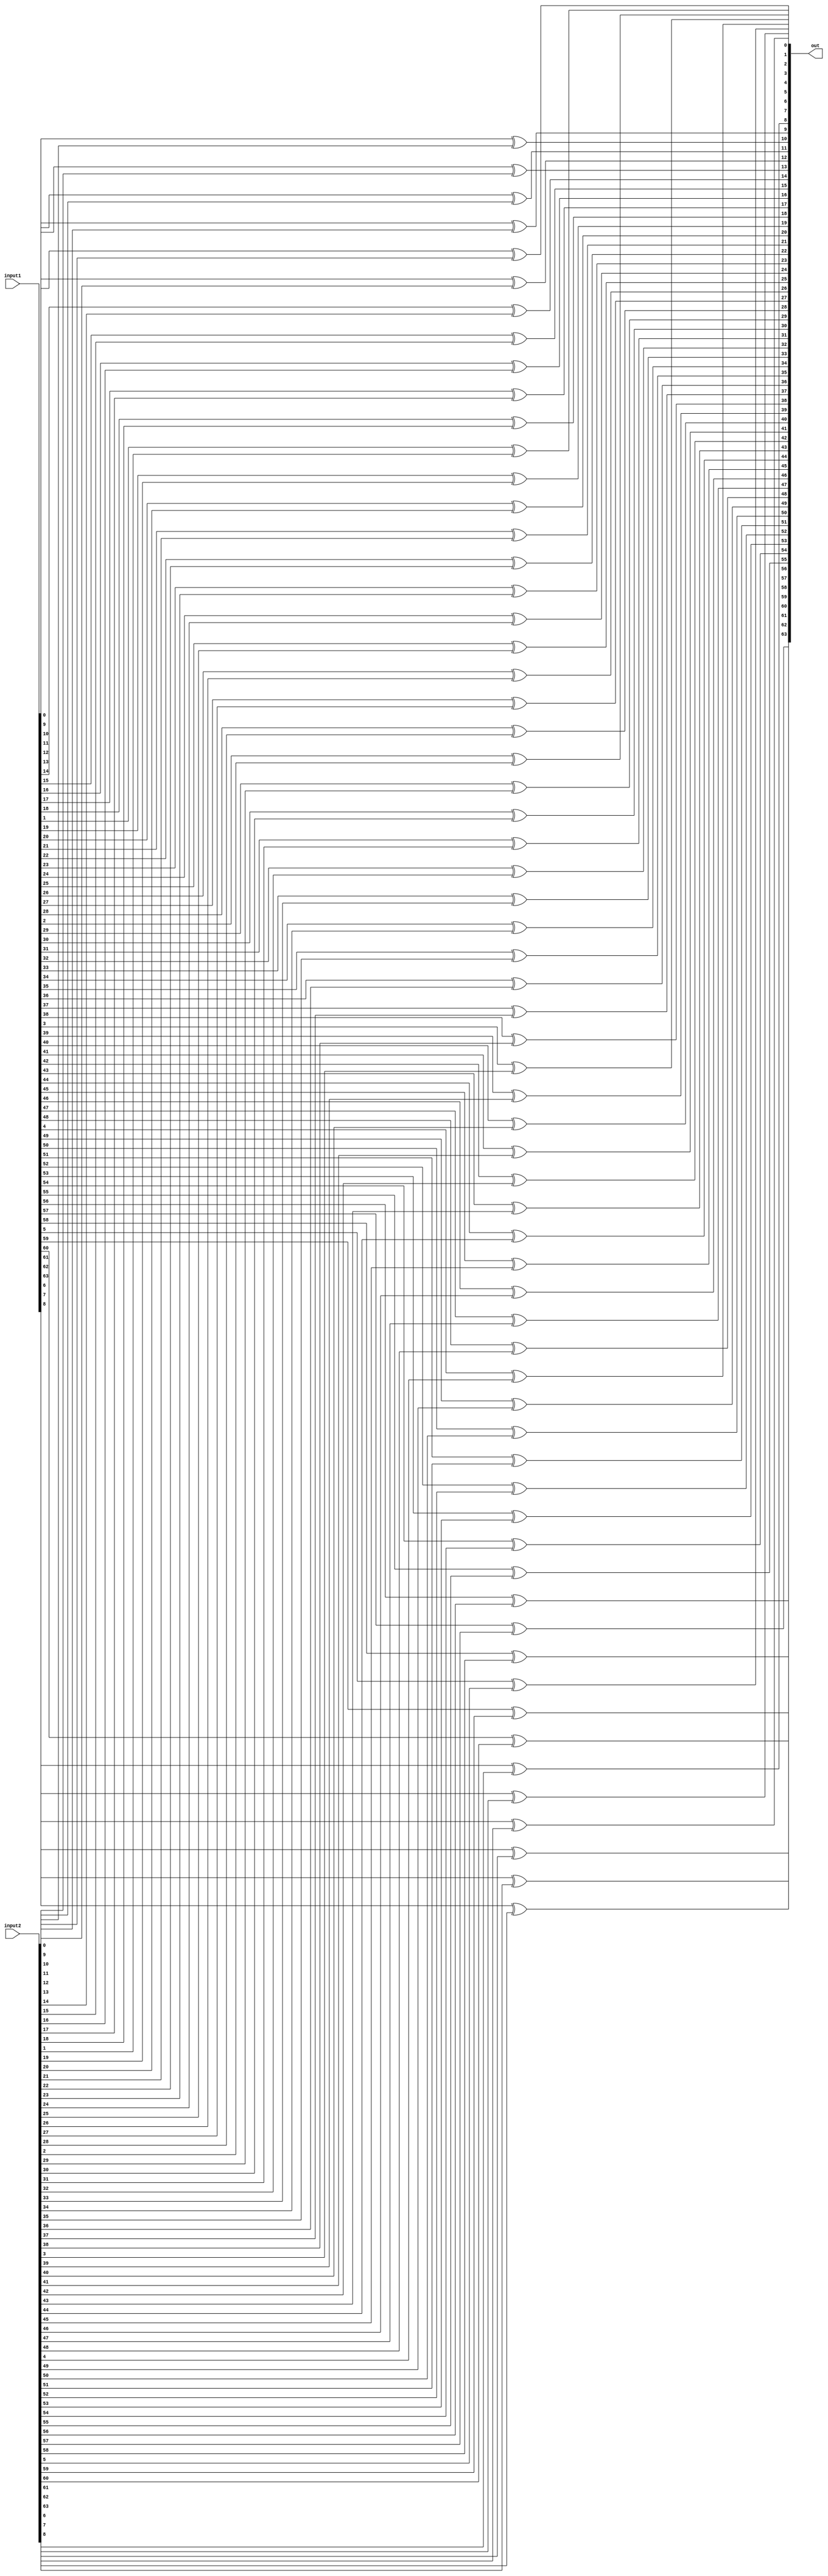
//IPA Assignment 1
//VHDL Code for XOR Operation

module XOR(input1,input2,out);
input [63:0] input1,input2;
output [63:0] out;
genvar i;
generate
for(i=0;i<64;i=i+1)
begin: generate_AND
xor G(out[i],input1[i],input2[i]);
end
endgenerate
endmodule